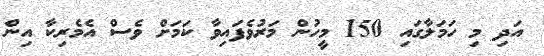
އަދި މި ހަމަލާގައި 150 މީހުން މަރުވެފައިވާ ކަމަށް ވެސް އެމެރިކާ އިން